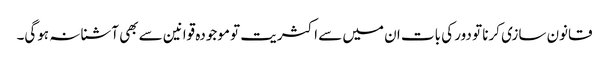
قانون سازی کرنا تو دور کی بات ان میں سے اکثریت تو موجودہ قوانین سے بھی آشنا نہ ہوگی۔